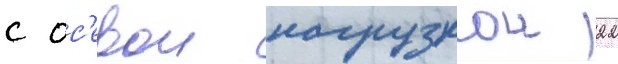
с ос'евои нагрузкои 22